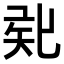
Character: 𥎲